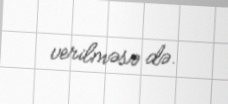
verilməsə də.